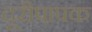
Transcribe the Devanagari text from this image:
दूरीपापक